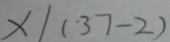
x / ( 3 7 - 2 )